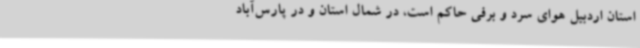
استان اردبیل هوای سرد و برفی حاکم است، در شمال استان و در پارس‌آباد